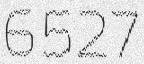
6527